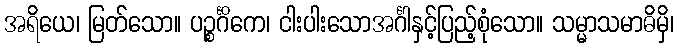
အရိယေ၊ မြတ်သော။ ပဉ္စင်္ဂိကေ၊ ငါးပါးသောအင်္ဂါနှင့်ပြည့်စုံသော။ သမ္မာသမာဓိမှိ၊